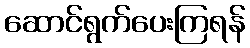
ဆောင်ရွက်ပေးကြရန်